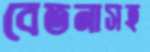
বেতনাসহ